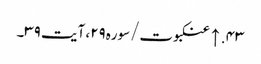
۴۳. ↑ عنکبوت/سوره۲۹، آیت ۳۹۔